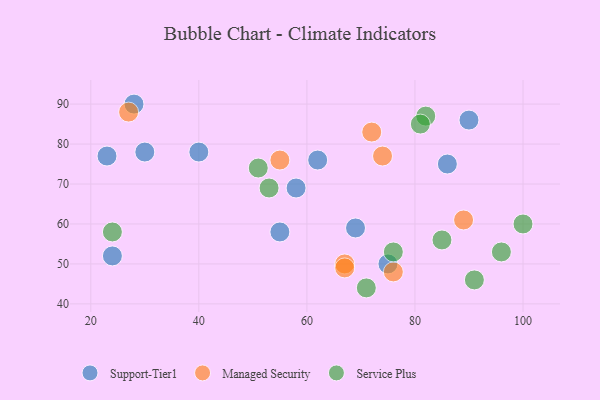
{"axis": {"x": "GDP", "y": "Life Expectancy"}, "legend": ["Managed Security", "Service Plus", "Support-Tier1"], "data": [{"x": "69", "y": 59, "type": "Support-Tier1"}, {"x": "55", "y": 58, "type": "Support-Tier1"}, {"x": "40", "y": 78, "type": "Support-Tier1"}, {"x": "30", "y": 78, "type": "Support-Tier1"}, {"x": "75", "y": 50, "type": "Support-Tier1"}, {"x": "24", "y": 52, "type": "Support-Tier1"}, {"x": "86", "y": 75, "type": "Support-Tier1"}, {"x": "23", "y": 77, "type": "Support-Tier1"}, {"x": "90", "y": 86, "type": "Support-Tier1"}, {"x": "58", "y": 69, "type": "Support-Tier1"}, {"x": "28", "y": 90, "type": "Support-Tier1"}, {"x": "62", "y": 76, "type": "Support-Tier1"}, {"x": "67", "y": 50, "type": "Managed Security"}, {"x": "27", "y": 88, "type": "Managed Security"}, {"x": "55", "y": 76, "type": "Managed Security"}, {"x": "89", "y": 61, "type": "Managed Security"}, {"x": "74", "y": 77, "type": "Managed Security"}, {"x": "76", "y": 48, "type": "Managed Security"}, {"x": "67", "y": 49, "type": "Managed Security"}, {"x": "72", "y": 83, "type": "Managed Security"}, {"x": "71", "y": 44, "type": "Service Plus"}, {"x": "96", "y": 53, "type": "Service Plus"}, {"x": "85", "y": 56, "type": "Service Plus"}, {"x": "53", "y": 69, "type": "Service Plus"}, {"x": "51", "y": 74, "type": "Service Plus"}, {"x": "76", "y": 53, "type": "Service Plus"}, {"x": "91", "y": 46, "type": "Service Plus"}, {"x": "82", "y": 87, "type": "Service Plus"}, {"x": "24", "y": 58, "type": "Service Plus"}, {"x": "81", "y": 85, "type": "Service Plus"}, {"x": "100", "y": 60, "type": "Service Plus"}]}